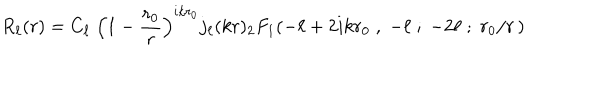
R _ { \ell } ( r ) = C _ { \ell } \; \left( 1 - { \frac { r _ { 0 } } { r } } \right) ^ { i k r _ { 0 } } j _ { \ell } ( k r ) { } _ { 2 } F _ { 1 } ( - \ell + 2 i k r _ { 0 } \; , \; - \ell \; ; \; - 2 \ell \; ; \; r _ { 0 } / r \, )